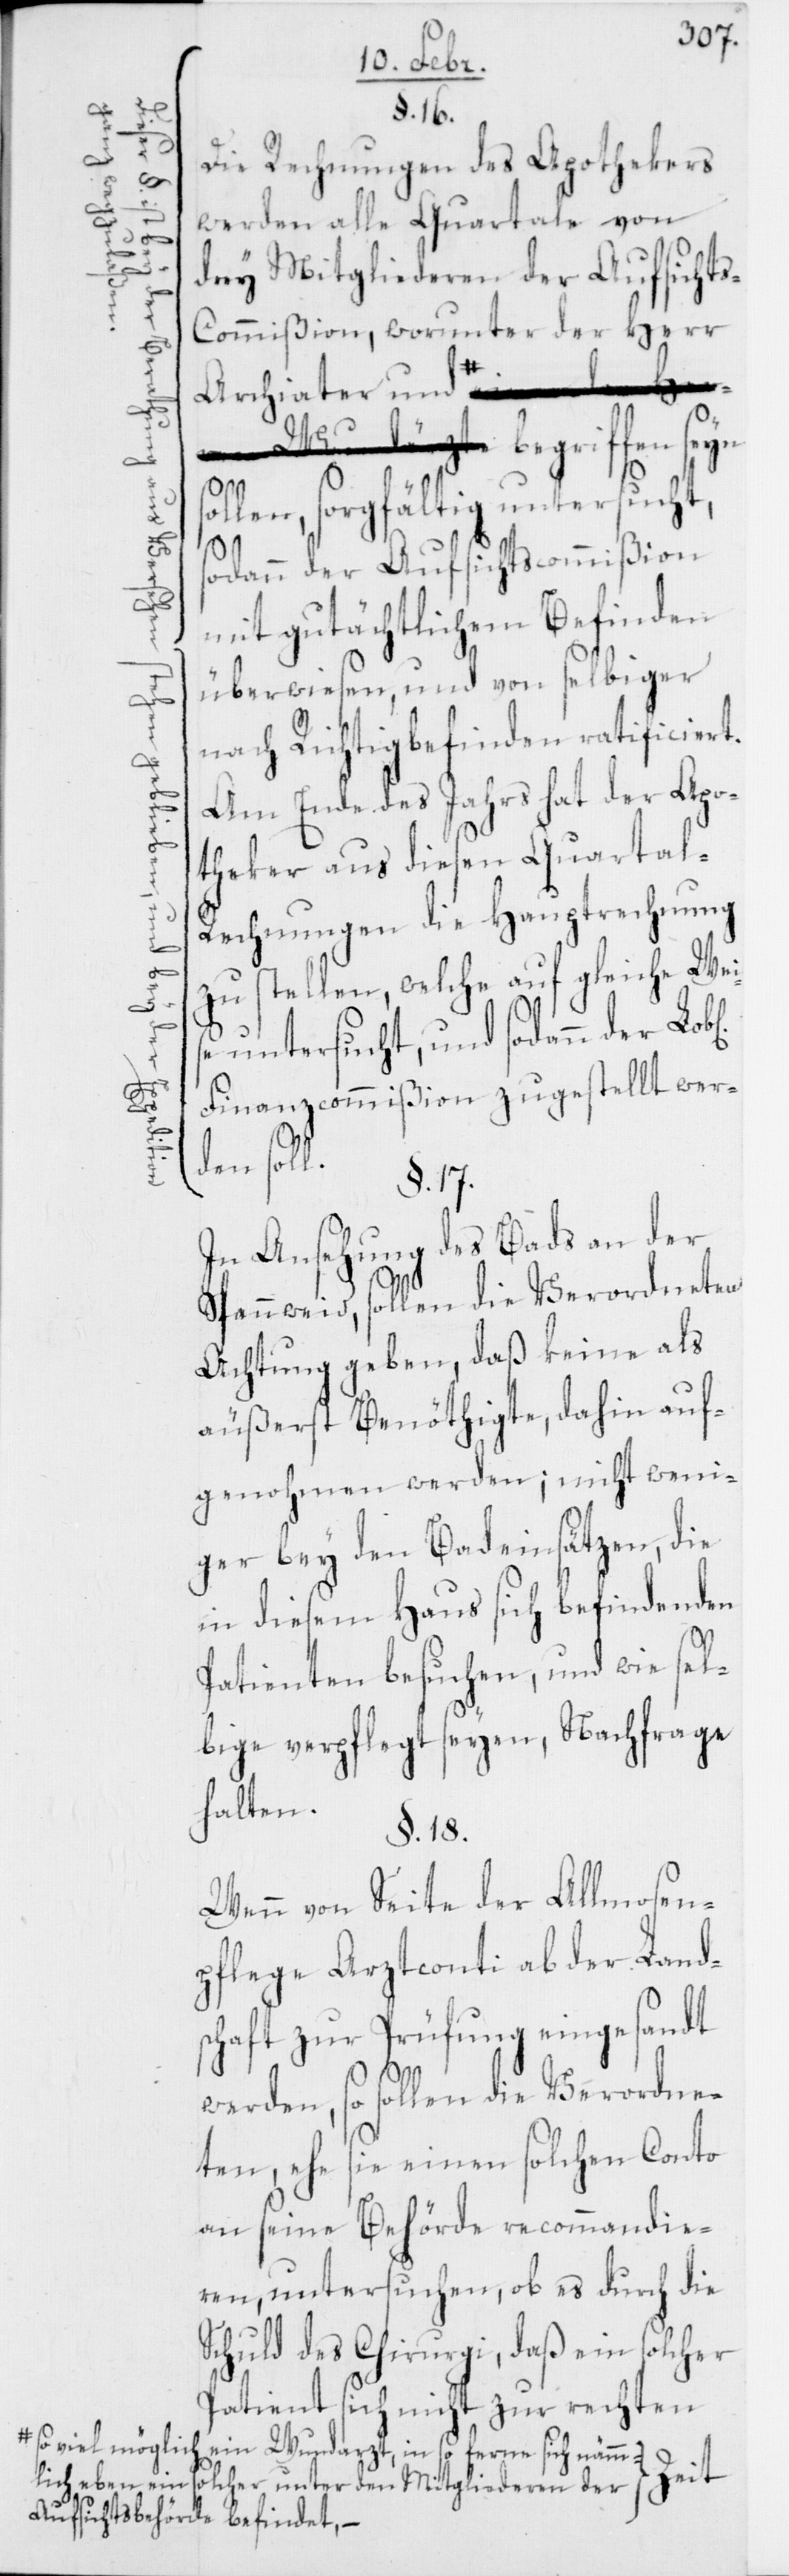
l.

ion
ganz
der
Expedit¬

§. 16.
Die Rechnungen des Apothekers
werden alle Quartale von
drey Mitgliederen der Aufsicht¬
s-Commißion, worunter der Herr
Archiater und a-s¬
–-a begriffen seyn
ollen, sorgfältig untersucht,
sodann der Aufsichtscommißion
mit gutächtlichem Befinden
überwiesen, und von selbiger
nach Richtigbefinden ratificiert.
Am Ende des Jahrs hat der Apo¬
theker aus diesen Quartal-R¬
echnungen die Hauptrechnung
zu stellen, welche auf gleiche Wei¬
e untersucht, und sodann der
Finanzcommißion zugestellt wer¬
den sol¬
§. 17.
In Ansehung des Bads an der
Spannweid, sollen die Verordneten
Achtung geben, daß keine als
äußerst Benöthigte, dahin auf¬
genohmen werden; nicht weni¬
ger bey den Badeinsätzen, die
in diesem Haus sich befindenden
Patienten besuchen, und wie sel¬
bige verpflegt seyen, Nachfrage
halten.
§. 18.
Wenn von Seite der Allmosen¬
pflege Arztconti ab der Land¬
schaft zur Prüfung eingesandt
werden, so sollen die Verordne¬
ten, ehe sie einen solchen Conto
an seine Behörde recommandie¬
ren, untersuchen, ob es durch die
Schuld des Chirurgi, daß ein solcher
Patient sich nicht zur rechten
o viel möglich
ein Wundarzt, in so ferne sich nämm¬
lich eben ein
lcher unter den Mitgliederen der
Aufsichtsbehörde befindet,